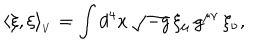
\langle \xi , \xi \rangle _ { _ V } = \int d ^ { 4 } x \, \sqrt { - g } \, \xi _ { \mu } \, g ^ { \mu \nu } \, \xi _ { \nu } ,